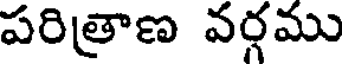
పరిత్రాణ వర్గము